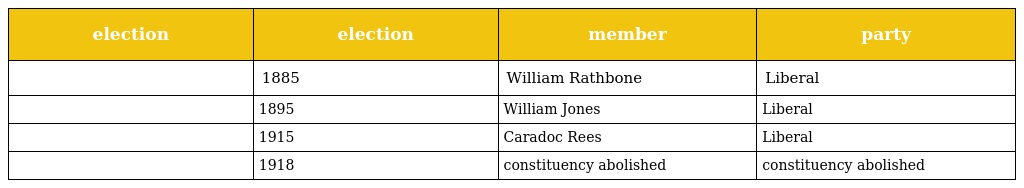
| election | election | member | party |
 | --- | --- | --- | --- |
 |  | 1885 | William Rathbone | Liberal |
 |  | 1895 | William Jones | Liberal |
 |  | 1915 | Caradoc Rees | Liberal |
 |  | 1918 | constituency abolished | constituency abolished |